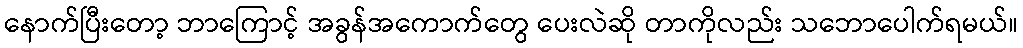
နောက်ပြီးတော့ ဘာကြောင့် အခွန်အကောက်တွေ ပေးလဲဆို တာကိုလည်း သဘောပေါက်ရမယ်။